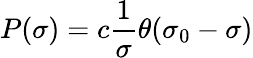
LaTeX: P(\sigma)=c{\frac{1}{\sigma}}\theta(\sigma_{0}-\sigma)